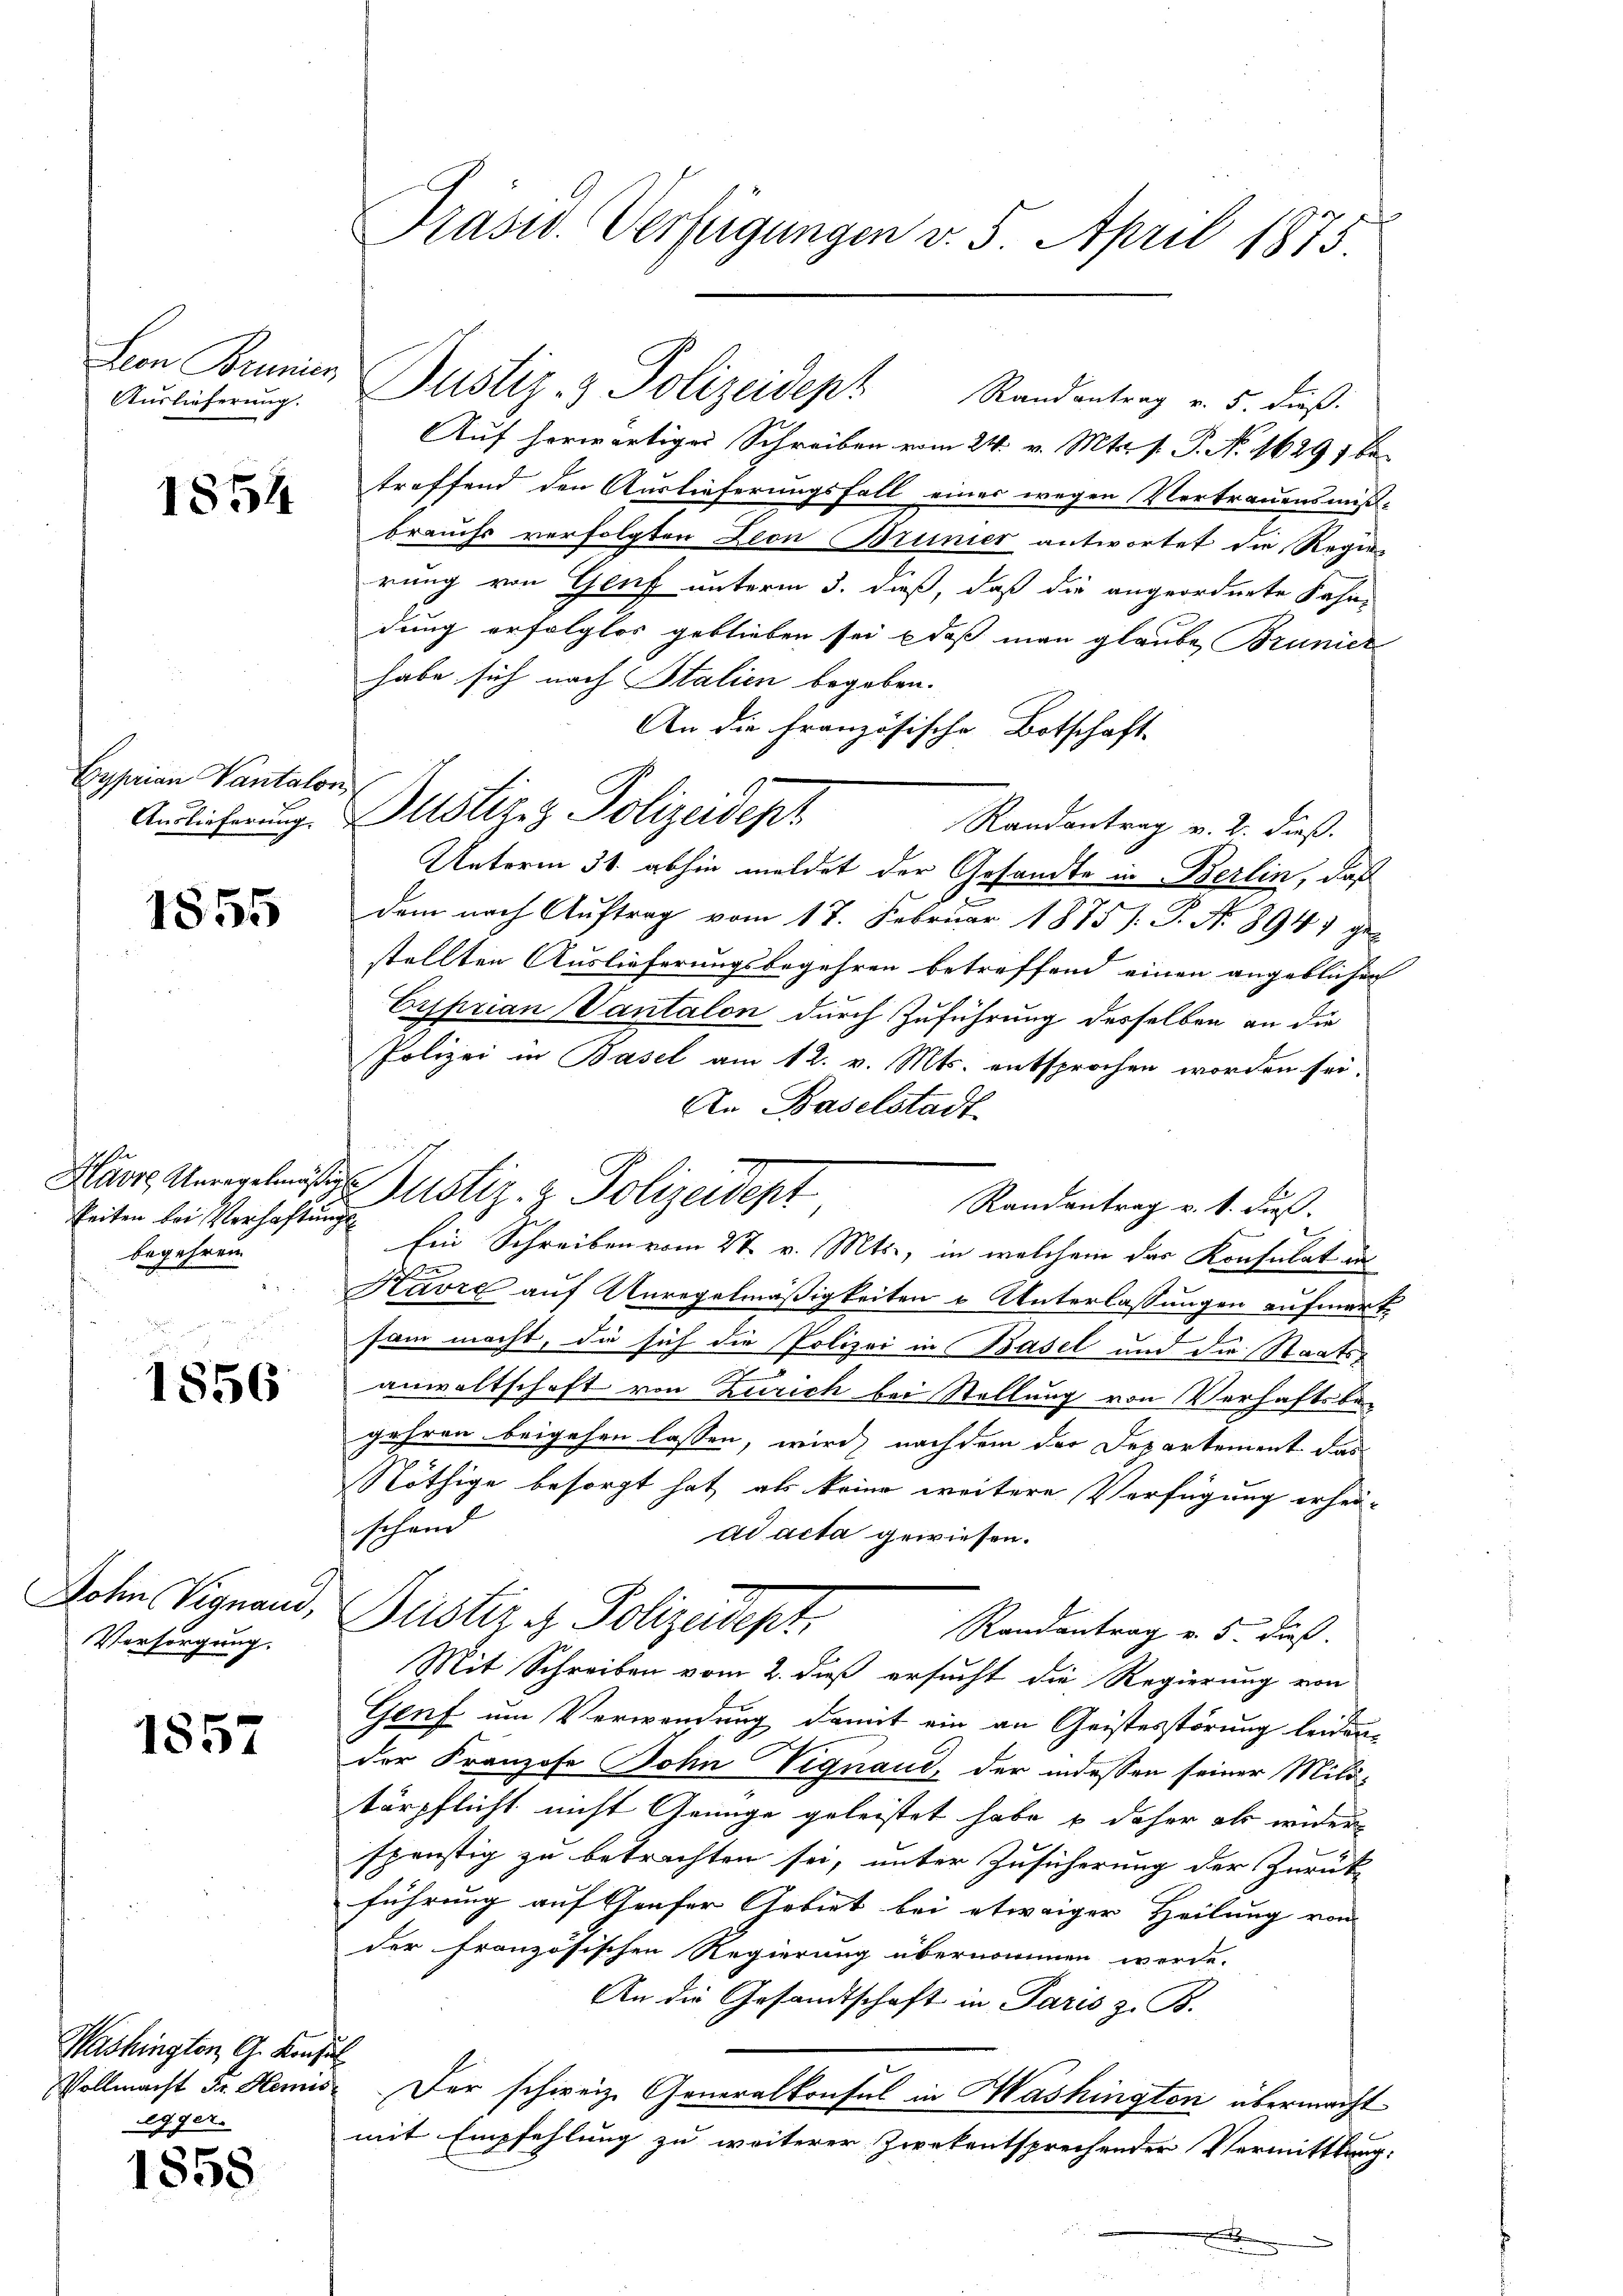
Auslieferung.

Cyprian Vantalon

1855

1856

1857

1854

keiten bei Verhaftungs
begehren.

Sohn Vignand,
Versorgung.

Washingten, G. Konsul
Legger.

1858

Präsid. Verfügungen v. 5. April 1875

Auf herwärtiger Schreiben vom 24. v. Mts. f. P. Nr. 1629, betreffend den Auslieferungsfall eines wegen Vertrauensmiß-
brauchs verfolgten Dion Brunier antwortet die Regie-
rung von Genf unterm 3. dieß, daß die angeordnete Fahn-
dung erfolglos geblieben sei, daß man glaube, Brunier
habe sich nach Stalien begeben.
An die Französische Botschaft
Randantrag v. 2. dieß.
Unterm 31. abhin meldet der Gesandte in Berlin, daß
dem nach Auftrag vom 17. Februar 1875 /: P. N. 394) ge-
stellten Auslieferungsbegehren betreffend einen angeblichen
Ersprian Vantalon durch Zuführung desselben an die
Polizei in Basel am 12. v. Mts. entsprochen worden sei.
An Baselstadt
Randantrag v. 1. Fuß.
Ein Schreiben vom 27. v. Mts., in welchem das Konsulat in
Kavre auf Unregelmäßigkeiten & Unterlassungen aufmerksam macht, die sich die Polizei in Basel und die Staatss
anwaltschaft von Zürich bei Stellung von Verhaftsbegehren beigehen lassen, wird nachdem der Departement das
Nöthige besorgt hat als keine weitere Verfügung erhei-
schend
ad acta gewiesen.
Justiz & Polizeidept.
Randantrag v. 5. dieß.
Mit Schreiben vom 2. daß ersucht die Regierung von
Genf um Verwendung damit ein an Geistesstörung leiden-
der Franzose Bohn Vignaud, der indessen seiner Militärpflicht nicht Genüge geleistet habe & daher als wider
spenstig zu betrachten sei, unter Zusicherung der Zurück-
führung auf Gruser Gebiet bei etwaiger Heilung von
der französischen Regierung übernommen werde.
An die Gesandtschaft in Paris z. B.
Vollmacht dr. Hemis. Der schweiz. Generalkonsul in Washington übermacht
mit Empfehlung zu weiterer Zwekentsprechender Vermittlung:

Auslicherung. Justiz- & Polizeidept

Harre Unregelmäßige Justiz- & Polizeidept

Lion Brunnen Justiz- & Polizeidept Randantrag v. 5. dieß: